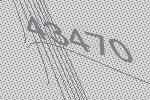
43470